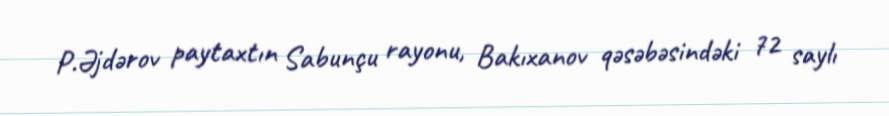
P.Əjdərov paytaxtın Sabunçu rayonu, Bakıxanov qəsəbəsindəki 72 saylı